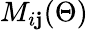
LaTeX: M_{i\mathbf{j}}(\Theta)